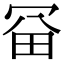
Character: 𠖋